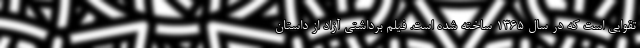
تقوايي است که در سال 1365 ساخته شده است. فيلم برداشتي آزاد از داستان